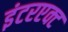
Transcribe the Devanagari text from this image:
इंटरएक्ट